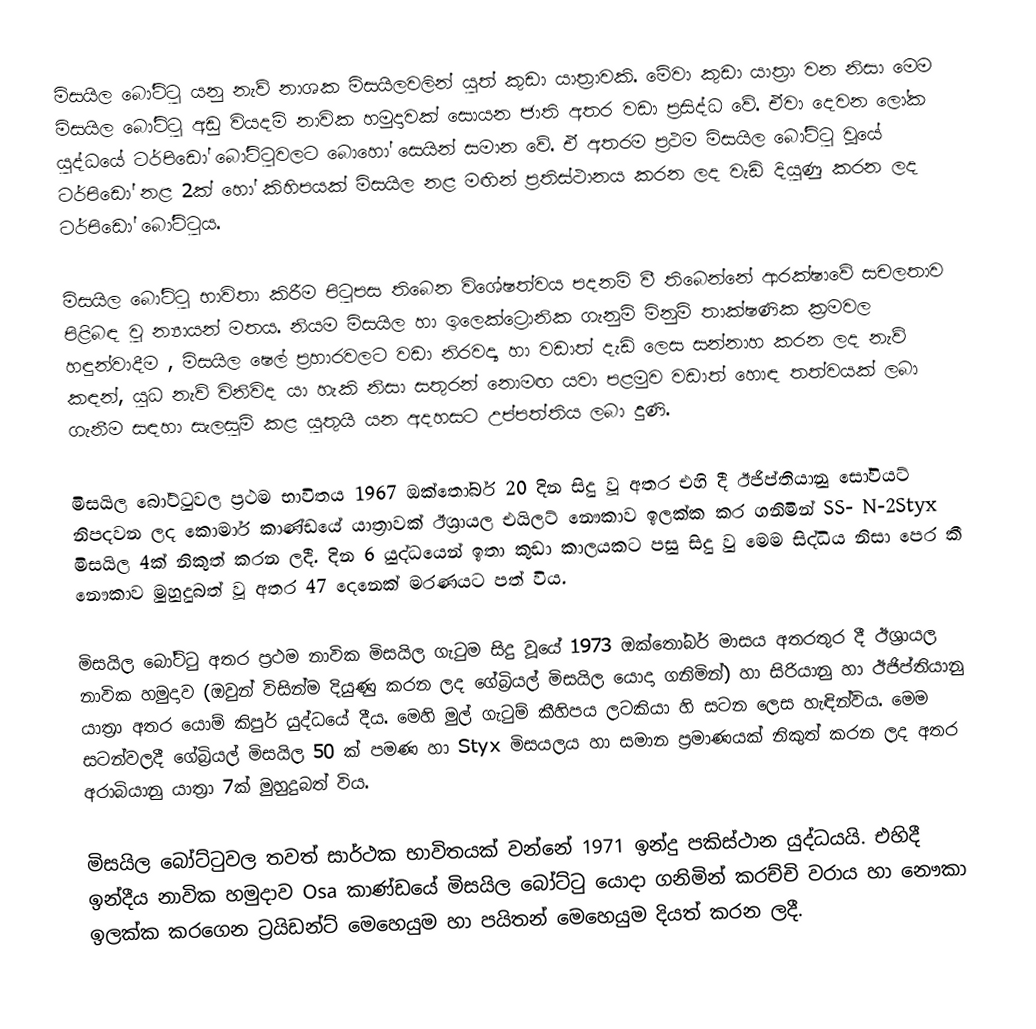
මිසයිල බෝට්ටු යනු නැව් නාශක මිසයිලවලින් යුත් කුඩා යාත්‍රාවකි. මේවා කුඩා යාත්‍රා වන නිසා මෙම මිසයිල බෝට්ටු අඩු වියදම් නාවික හමුදාවක් සොයන ජාති අතර වඩා ප්‍රසිද්ධ වේ. ඒවා දෙවන ලෝක යුද්ධයේ ටර්පිඩෝ බෝට්ටුවලට බොහෝ සෙයින් සමාන වේ. ඒ අතරම ප්‍රථම මිසයිල බෝට්ටු වූයේ ටර්පිඩෝ නළ 2ක් හෝ කිහිපයක් මිසයිල නළ මඟින් ප්‍රතිස්ථානය කරන ලද වැඩි දියුණු කරන ලද ටර්පිඩෝ බෝට්ටුය.

මිසයිල බෝට්ටු භාවිතා කිරීම පිටුපස තිබෙන විශේෂත්වය පදනම් වී තිබෙන්නේ ආරක්ෂාවේ සචලතාව පිළිබඳ වු න්‍යායන් මතය. නියම මිසයිල හා ඉලෙක්ට්‍රොනික ගැනුම් මිනුම් තාක්ෂණික ක්‍රමවල හඳුන්වාදීම , මිසයිල ෂෙල් ප්‍රහාරවලට වඩා නිරවද්‍ය හා වඩාත් දැඩි ලෙස සන්නාහ කරන ලද නැව් කඳන්, යුධ නැව් විනිවිද යා හැකි නිසා සතුරන් නොමඟ යවා පළමුව වඩාත් හොඳ තත්වයක් ලබා ගැනීම සඳහා සැලසුම් කළ යුතුයි යන අදහසට උප්පත්තිය ලබා දුණි.

මිසයිල බෝට්ටුවල ප්‍රථම භාවිතය 1967 ඔක්තෝබර් 20 දින සිදු වූ අතර එහි දී ඊජිප්තියානු සෝවියට් නිපදවන ලද කොමාර් කාණ්ඩයේ යාත්‍රාවක් ඊශ්‍රායල එයිලට් නෞකාව ඉලක්ක කර ගනිමින් SS- N-2Styx මිසයිල 4ක් නිකුත් කරන ලදී. දින 6 යුද්ධයෙන් ඉතා කුඩා කාලයකට පසු සිදු වු මෙම සිද්ධිය නිසා පෙර කී නෞකාව මුහුදුබත් වූ අතර 47 දෙනෙක් මරණයට පත් විය.

මිසයිල බෝට්ටු අතර ප්‍රථම නාවික මිසයිල ගැටුම සිදු වූයේ 1973 ඔක්තෝබර් මාසය අතරතුර දී ඊශ්‍රායල නාවික හමුදාව (ඔවුන් විසින්ම දියුණු කරන ලද ගේබ්‍රියල් මිසයිල යොදා ගනිමින්) හා සිරියානු හා ඊජිප්තියානු යාත්‍රා අතර යොම් කිපුර් යුද්ධයේ දීය. මෙහි මුල් ගැටුම් කීහිපය ලටකියා හි සටන ලෙස හැඳින්විය. මෙම සටන්වලදී ගේබ්‍රියල් මිසයිල 50 ක් පමණ හා Styx මිසයලය හා සමාන ප්‍රමාණයක් නිකුත් කරන ලද අතර අරාබියානු යාත්‍රා 7ක් මුහුදුබත් විය.

මිසයිල බෝට්ටුවල තවත් සාර්ථක භාවිතයක් වන්නේ 1971 ඉන්දු පකිස්ථාන යුද්ධයයි. එහිදී ඉන්දීය නාවික හමුදාව Osa කාණ්ඩයේ මිසයිල බෝට්ටු යොදා ගනිමින් කරච්චි වරාය හා නෞකා ඉලක්ක කරගෙන ට්‍රයිඩන්ට් මෙහෙයුම හා පයිතන් මෙහෙයුම දියත් කරන ලදී.